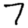
Digit: 7